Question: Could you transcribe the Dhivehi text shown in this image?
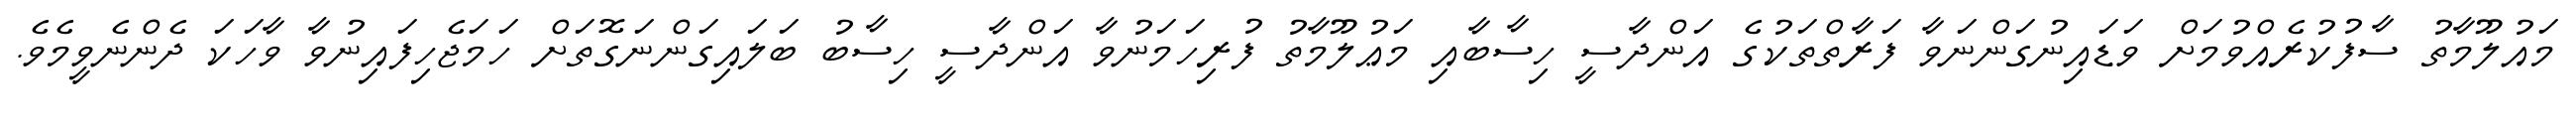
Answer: މައުލޫމާތު ސާފުކުރެއްވުމަށް ވަޑައިނުގަންނަވާ ފަރާތްތަކުގެ އަންދާސީ ހިސާބާއި މަޢުލޫމާތު ފުރިހަމަނުވާ އަންދާސީ ހިސާބު ބަލައިގަންނަގޮތަށް ހަމަޖެހިފައިނުވާ ވާހަކަ ދެންނެވީމެވެ.